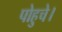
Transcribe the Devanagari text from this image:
पोहुचे।